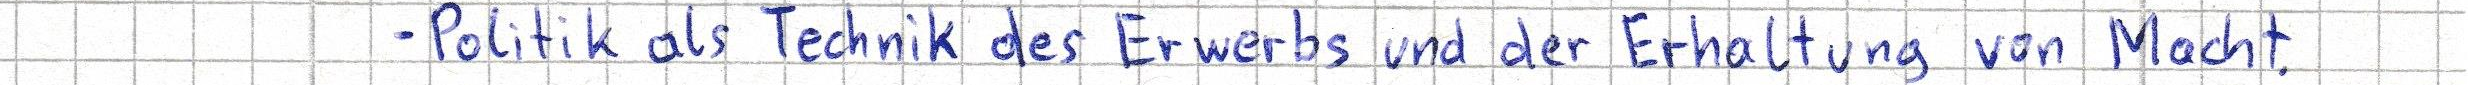
- Politk als Technik des Erwerbs und der Erhaltung von Macht